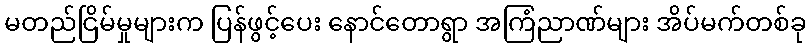
မတည်ငြိမ်မှုများက ပြန်ဖွင့်ပေး နောင်တောရွာ အကြံညာဏ်များ အိပ်မက်တစ်ခု